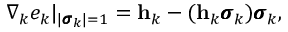
\nabla _ { k } e _ { k } | _ { | \pmb { \sigma } _ { k } | = 1 } = \mathbf h _ { k } - ( \mathbf h _ { k } \pmb { \sigma } _ { k } ) \pmb { \sigma } _ { k } ,